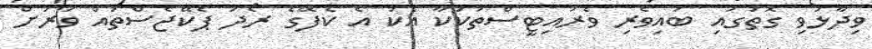
ވިދާޅުވި ގޮތުގައި ބައިވެރި ވެރައިޓީސްތަކަކާ އެކު އެ ކެފޭގެ ރޯދަ ޕެކޭޖެސްތައް ވަރަށް